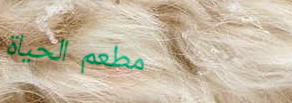
مطعم الحياة